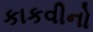
કાકવીનો